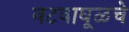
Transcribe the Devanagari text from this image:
वटवाघूळचे